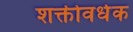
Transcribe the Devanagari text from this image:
शक्तीवर्धक